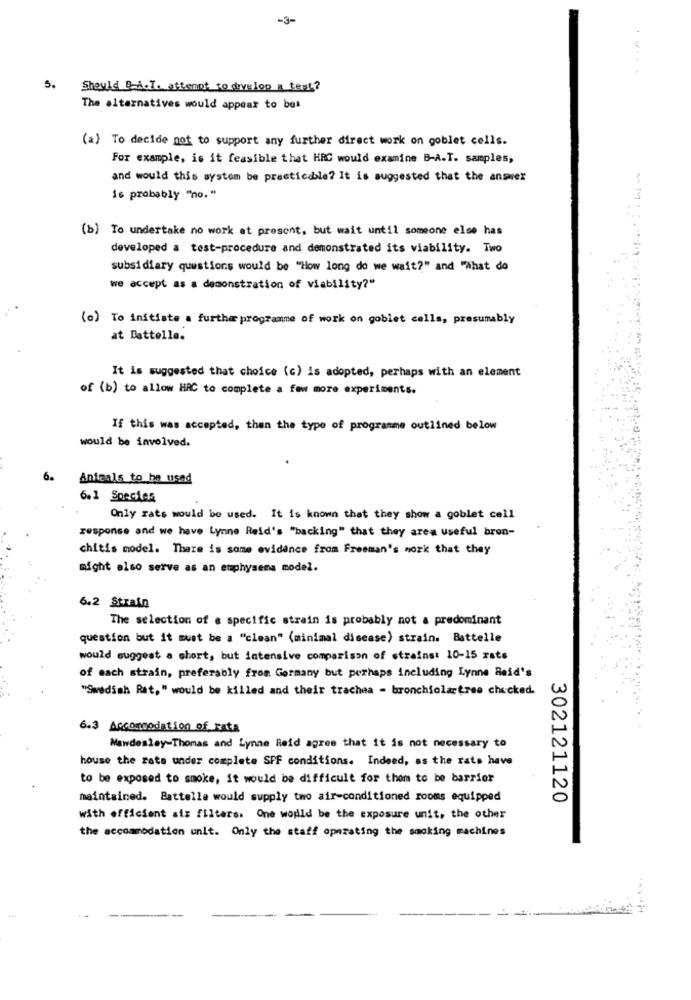
-3-
5.
Should B-A.T. attennt to develop a test?
The alternatives would appear to bos
(a) To decide not to support any further direct work on goblet cells.
For example, is it feasible that HRC would examine B-A.T. samples,
and would this system be practicable? It is suggested that the answer
is probably "no."
(b) To undertake no work at present, but wait until someone else has
developed a test-procedure and demonstrated its viability. Two
subsidiary questions would be "How long do we wait?" and "What do
we accept as a demonstration of viability?"
(e) To initiate a further programme of work on goblet cells, presumably
at Battelle.
It is suggested that choice (c) is adopted, perhaps with an element
of (b) to allow HAC to complete a few more experiments.
If this was accepted, then the type of programme outlined below
would be involved.
6.
Anteals to he used
6.1 Species
Only rats would be used. It is known that they show a goblet cell
response and we have Lynne Reid's "backing" that they area useful bron-
chitis model. There is some evidence from Freeman's work that they
might also serve as an emphysema model.
6.2 Strain
The selection of a specific strain is probably not a predominant
question but it must be a "clean" (minimal disease) strain. Battelle
would suggest a short, but intensive comparison of strains: 10-15 rats
of each strain, preferably from Germany but perhaps including Lynne Reid's
"Swedish Rat," would be killed and their trachea - bronchiolartree checked.
6.3 Accommodation_of_rata
Mawdesley-Thomas and Lynne Reid agree that it is not necessary to
house the rate under complete SPF conditions. Indeed, as the rats have
to be exposed to smoke, it would be difficult for thom to be barrier
maintained. Battelle would supply two air-conditioned rooms equipped
302121120
with efficient air filters. One would be the exposure unit, the other
the accommodation unit. Only the staff operating the smoking machines